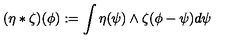
( \eta * \zeta ) ( \phi ) : = \int \eta ( \psi ) \wedge \zeta ( \phi - \psi ) d \psi